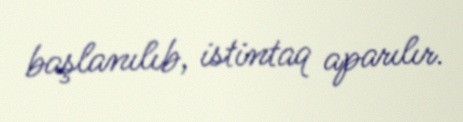
başlanılıb, istintaq aparılır.